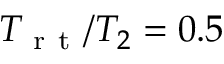
T _ { \mathrm { ~ r ~ t ~ } } / T _ { 2 } = 0 . 5